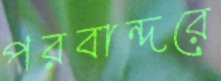
পরবান্দরে